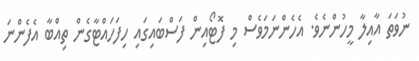
ނުވަތަ އާއިލާ މީހުންނެވެ. އެހެންނަމަވެސް މި ފޮޓޯއިން ފަސްބައިގައި ހިފަހައްޓާގެން ތިއްބާ އެފެންނަ